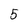
Character: 5